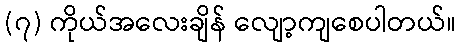
(၇) ကိုယ်အလေးချိန် လျော့ကျစေပါတယ်။